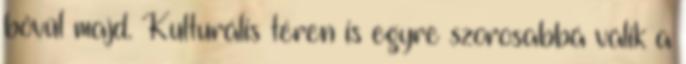
bővül majd. Kulturális téren is egyre szorosabbá válik a